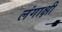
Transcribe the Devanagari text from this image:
लंगाक्षी